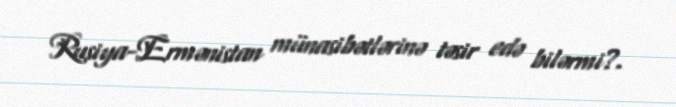
Rusiya-Ermənistan münasibətlərinə təsir edə bilərmi?.